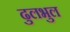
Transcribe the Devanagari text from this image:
ढुलभुल